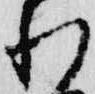
れ